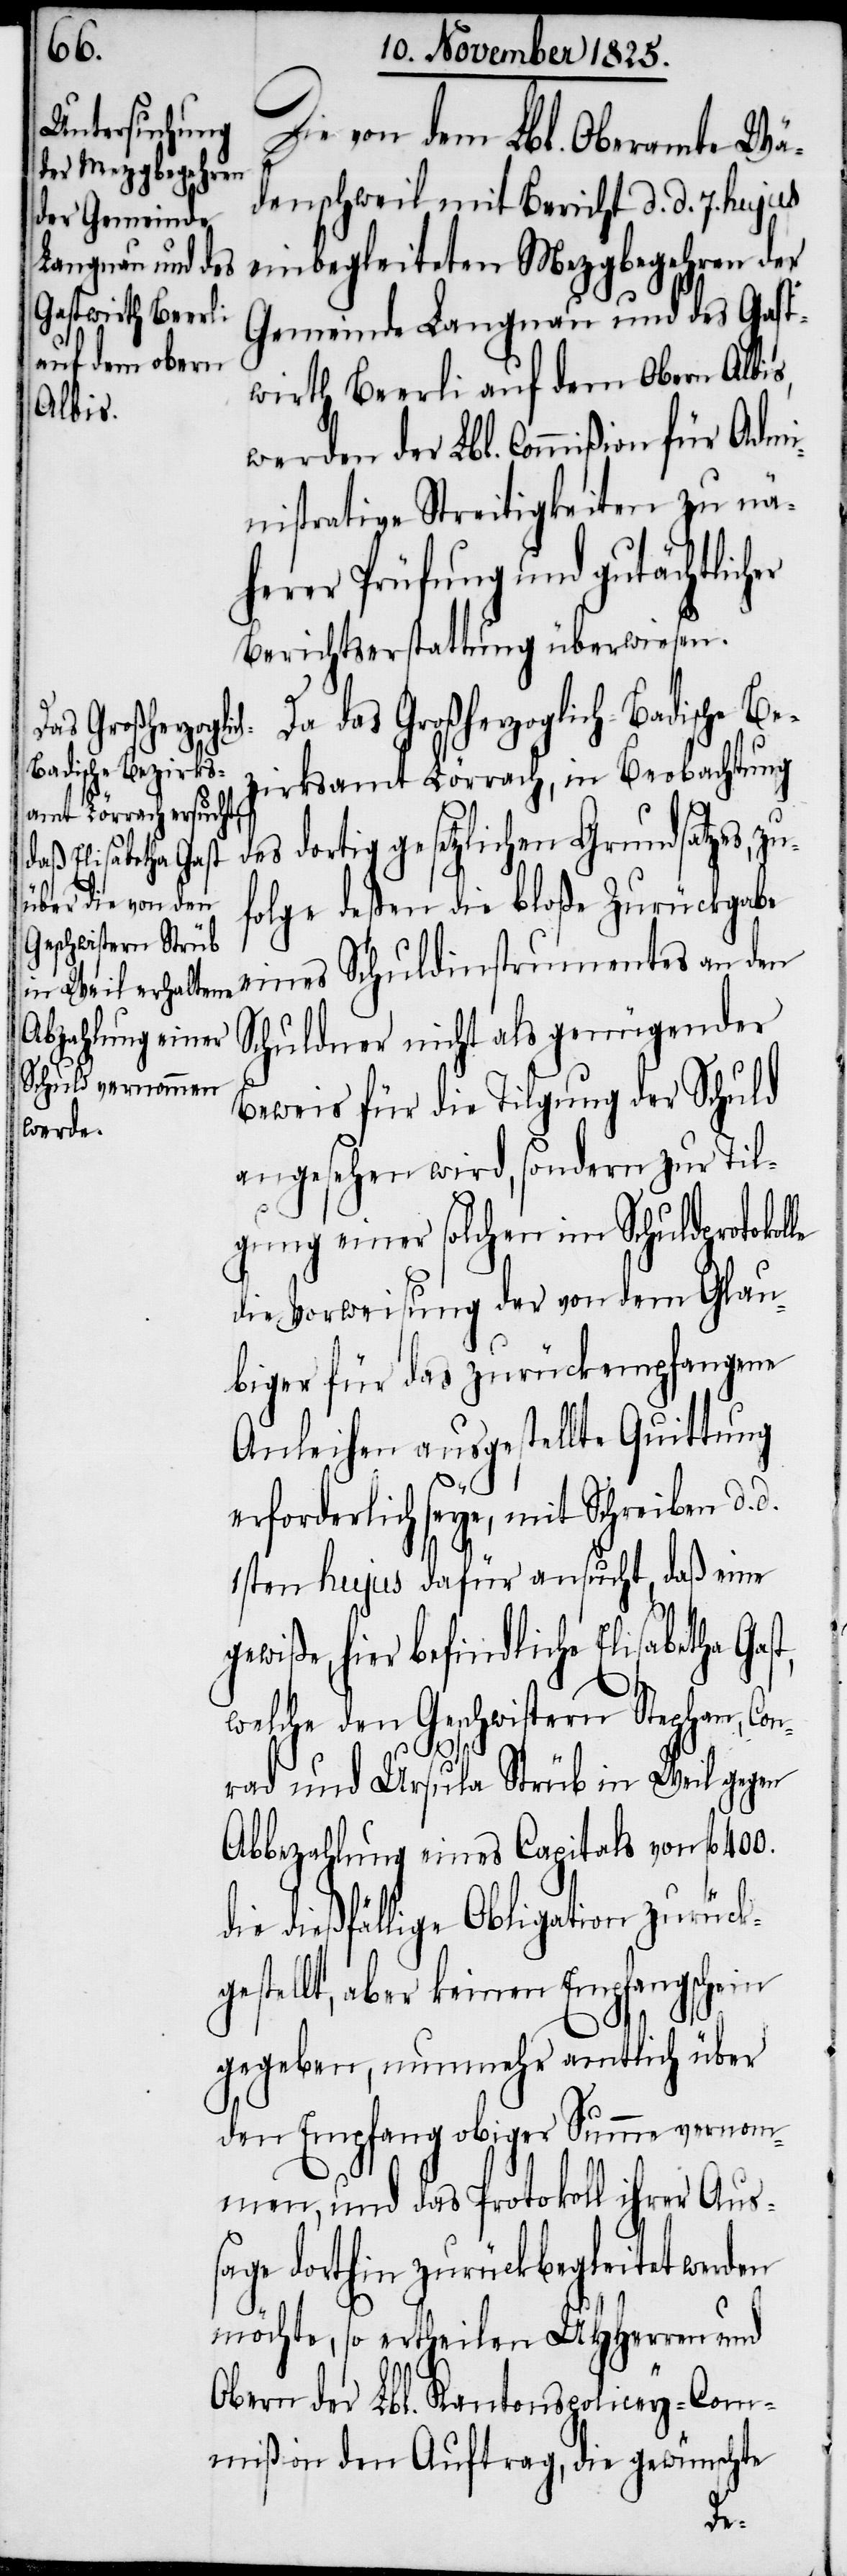
400.
Die von dem Lbl. Oberamte Wä¬
denschweil mit Bericht d. d. 7. hujus
einbegleiteten Mezgbegehren der
Gemeinde Langnau und des Gast¬
wirth Beerli auf dem Obern Albis,
werden der Lbl. Commißion für Admi¬
nistrative Streitigkeiten zu nä¬
herer Prüfung und gutächtlich¬
Berichtserstattung überwiesen.
Da das Großherzoglich-Badische Be¬
zirksamt Lörrach, in Beobachtung
s dortig gesetzlichen Grundsatzes, zu¬
folge deßen die bloße Zurückgabe
eines Schuldinstrumentes an den
Schuldner nicht als genügender
Beweis für die Tilgung der Schuld
werden
angesehen wird, sondern zur Til¬
gung einer solchen im Schuldprotokol¬
die Vorweisung der von dem Gläu¬
biger für das zurückempfangene
Anleihen ausgestellte Quittung
erforderlich seye, mit Schreiben d. d.
1sten hujus dafür ansucht, daß eine
gewiße, hier befindliche Elisabetha
welche den Geschwistern Stephan, Con¬
rad und Ursula Strüb in Weil, gegen
Abbezahlung eines Capitals von fl.
dießfällige Obligation zurück¬
gestellt, aber keinen Empfangschein
gegeben, nunmehr amtlich über
den Empfang obiger Summe vernom¬
men, und das Protokoll ihrer Auss¬
age dorthin zurückbegleitet
möchte, so ertheilen UHHerren und
Obern der Lbl. Kantonspolicey-Com¬
mißion den Auftrag gewünschte
die